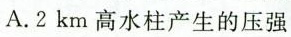
A.2km高水柱产生的压强